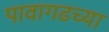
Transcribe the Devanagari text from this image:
पावागढच्या